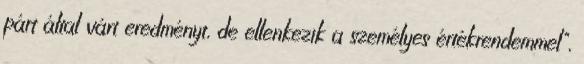
párt által várt eredményt, de ellenkezik a személyes értékrendemmel",